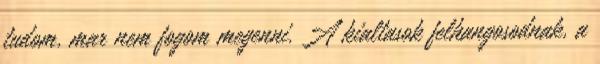
tudom, mar nem fogom megenni. A kialtasok felhangosodnak, a